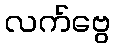
လက်ဗွေ